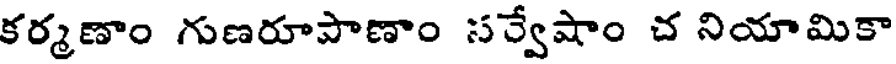
కర్మణాం గుణరూపాణాం సర్వేషాం చ నియామికా